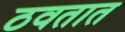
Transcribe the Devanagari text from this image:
ठवतात